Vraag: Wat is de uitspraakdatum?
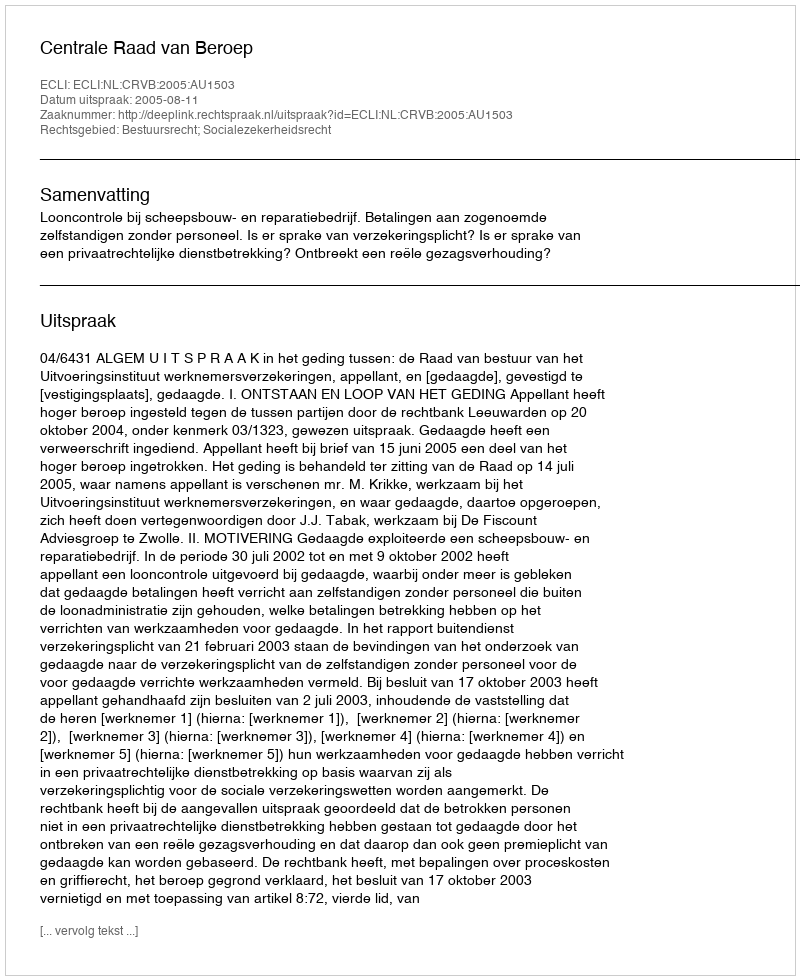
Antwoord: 2005-08-11